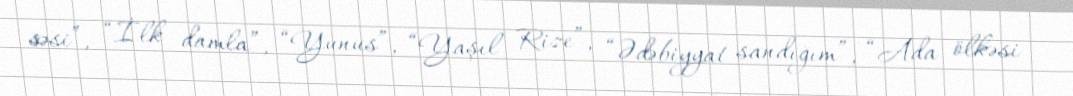
səsi”, “İlk damla”, “Yunus”, “Yaşıl Rize”, “Ədəbiyyat sandığım”, “Ada ölkəsi